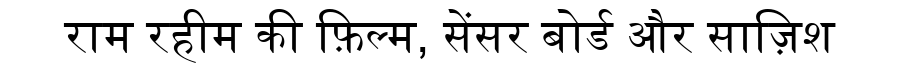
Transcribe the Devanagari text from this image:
राम रहीम की फ़िल्म, सेंसर बोर्ड और साज़िश